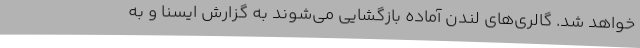
خواهد شد. گالری‌های لندن آماده بازگشایی می‌شوند به گزارش ایسنا و به